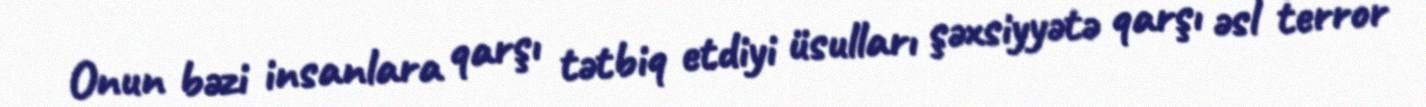
Onun bəzi insanlara qarşı tətbiq etdiyi üsulları şəxsiyyətə qarşı əsl terror